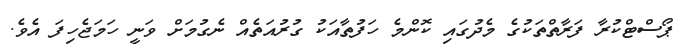
ޕޯސްޓްކުރާ ފަރާތްތަކުގެ މެދުގައި ކޮންމެ ހަފުތާއަކު ގުރުއަތެއް ނެގުމަށް ވަނީ ހަމަޖެހިފަ އެވެ.